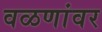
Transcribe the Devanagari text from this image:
वळणांवर